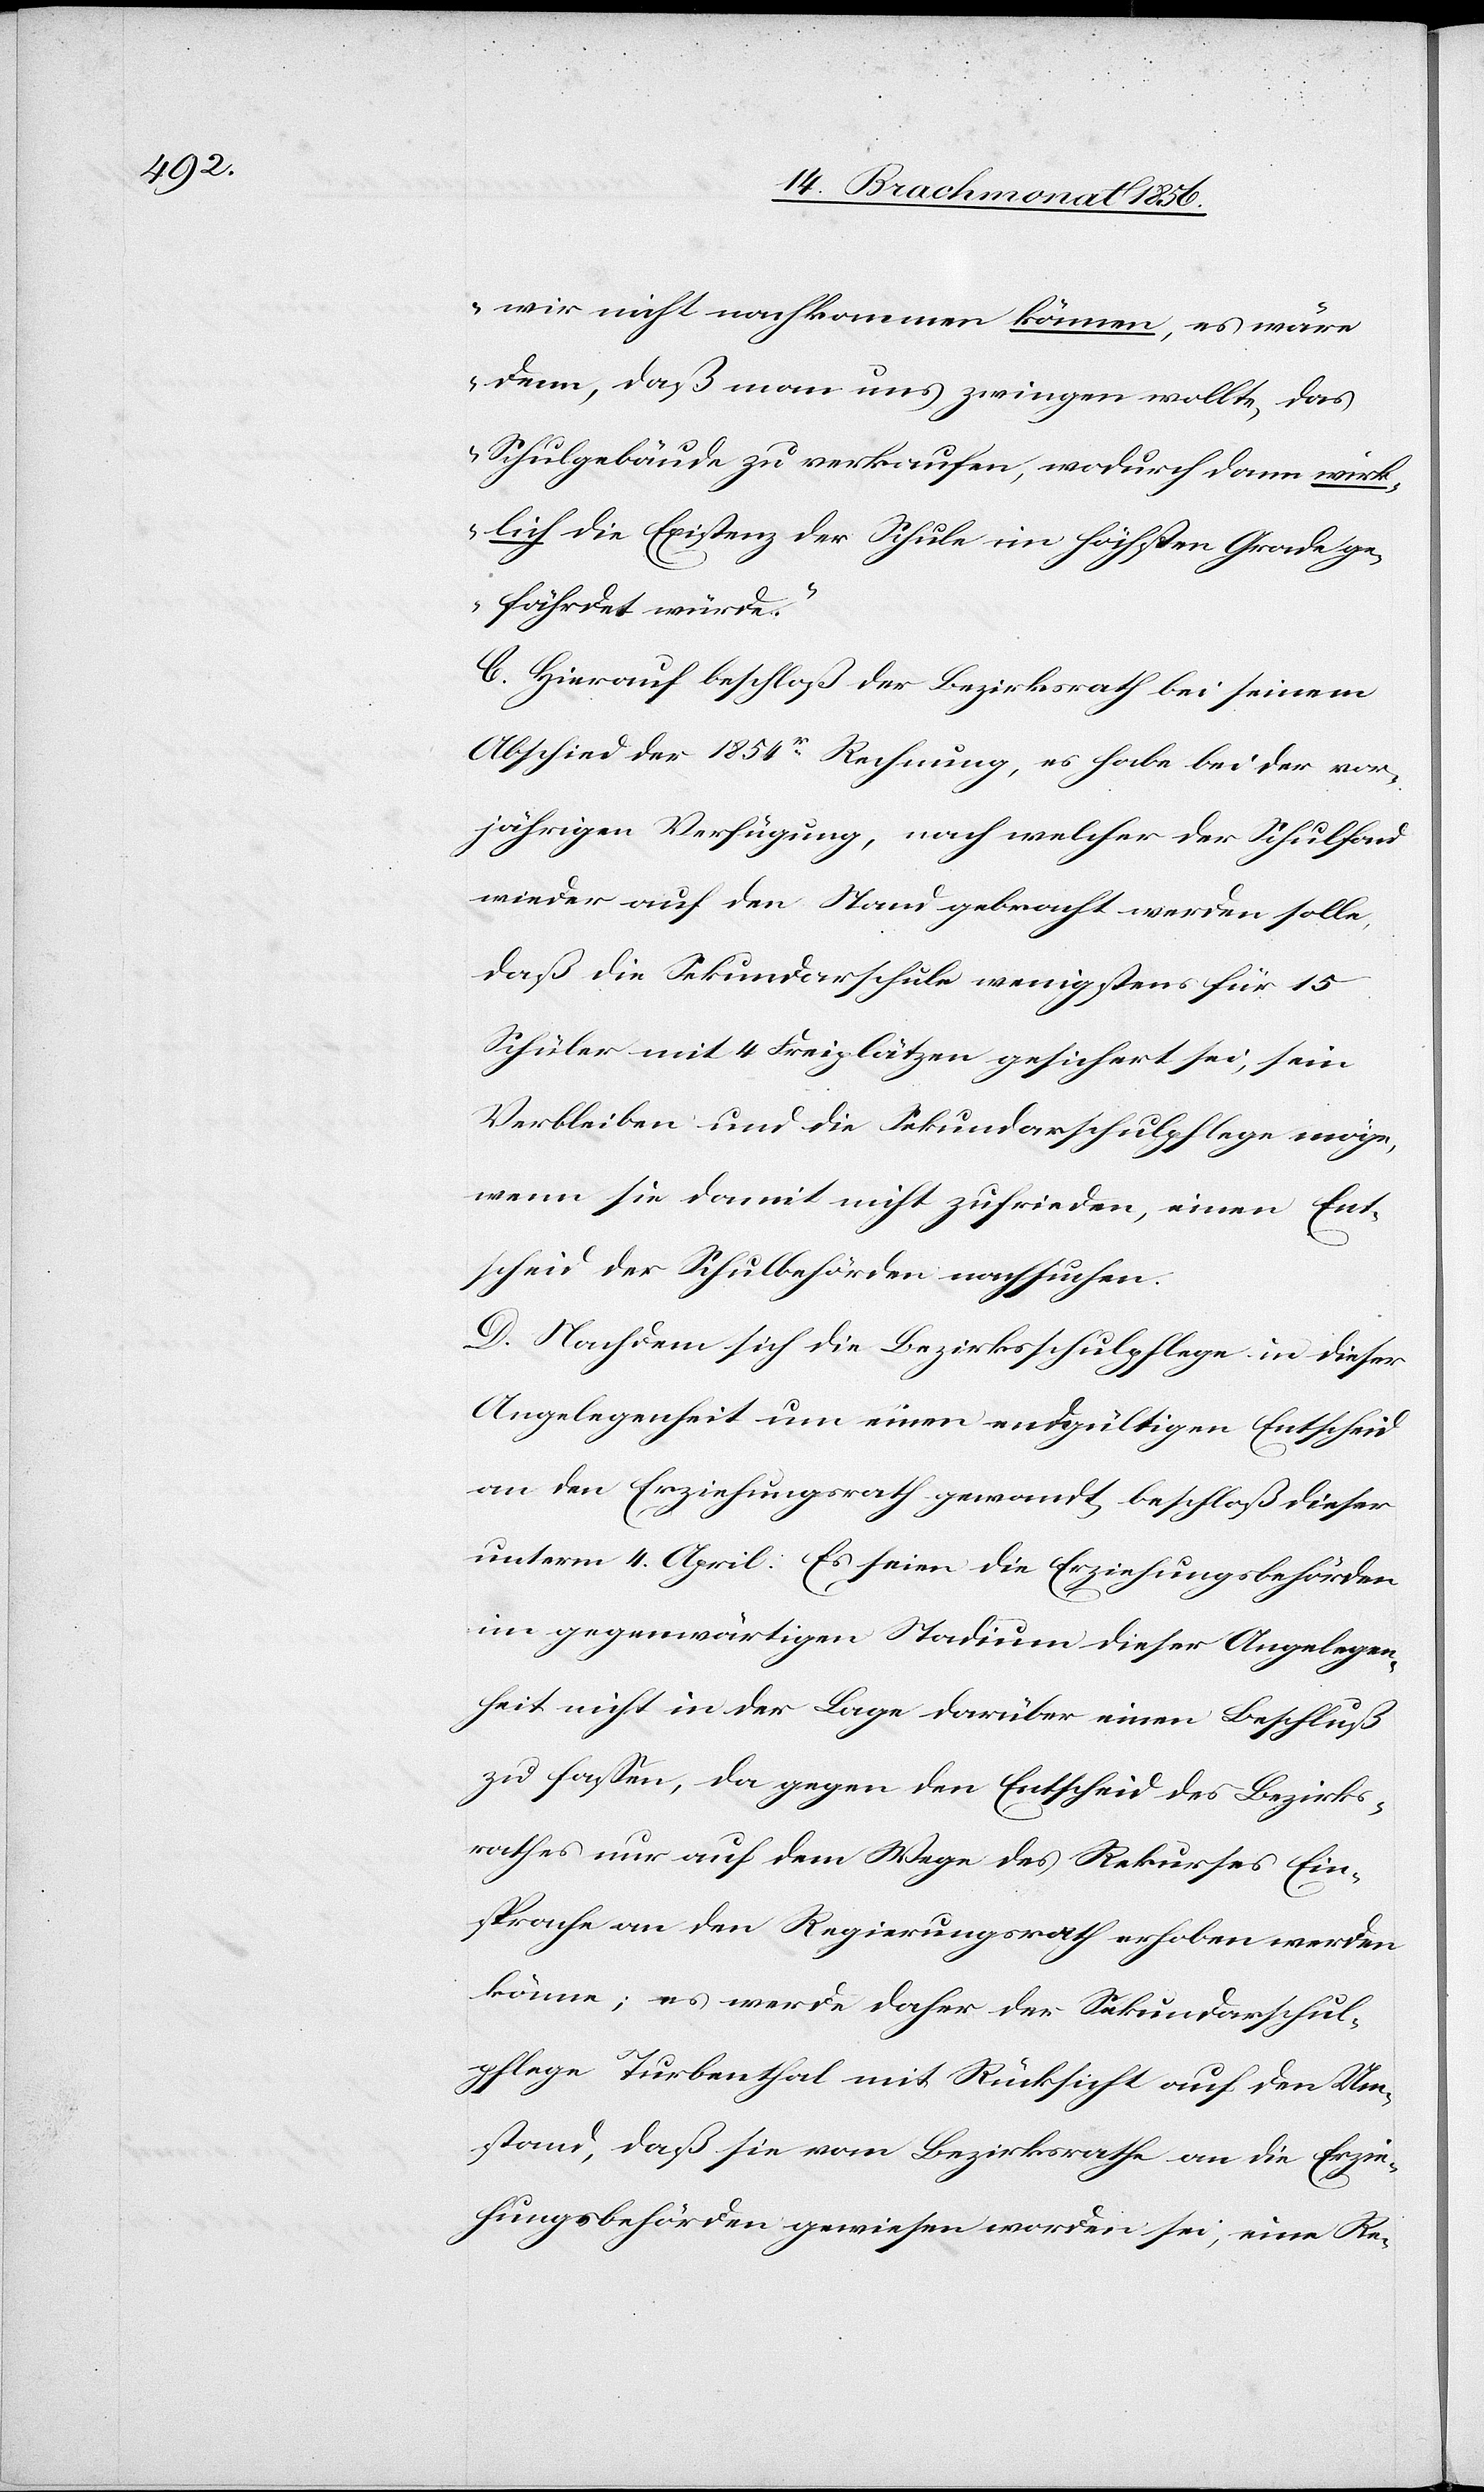
wir nicht nachkommen können, es wäre
denn, daß man uns zwingen wollte, das
Schulgebäude zu verkaufen, wodurch dann wirk¬
lich die Existenz der Schule im höchsten Grade ge¬
fährdet würde."
C. Hierauf beschloß der Bezirksrath bei seinem
Abschied der 1854r Rechnung, es habe bei der vor¬
jährigen Verfügung, nach welcher der Schulfond
wieder auf den Stand gebracht werden solle,
daß die Sekundarschule wenigstens für 15
Schüler mit 4 Freiplätzen gesichert sei, sein
Verbleiben und die Sekundarschulpflege möge,
wenn sie damit nicht zufrieden, einen Ent¬
scheid der Schulbehörden nachsuchen.
D. Nachdem sich die Bezirksschulpflege in dieser
Angelegenheit um einen endgültigen Entscheid
an den Erziehungsrath gewandt, beschloß dieser
unterm 4. April: Es seien die Erziehungsbehörden
im gegenwärtigen Stadium dieser Angelegen¬
heit nicht in der Lage darüber einen Beschluß
zu fassen, da gegen den Entscheid des Bezirks¬
rathes nur auf dem Wege des Rekurses Ein¬
sprache an den Regierungsrath erhoben werden
könne; es werde daher der Sekundarschul¬
pflege Turbenthal mit Rücksicht auf den Um¬
stand, daß sie vom Bezirksrathe an die Erzie¬
hungsbehörden gewiesen worden sei, eine Re-